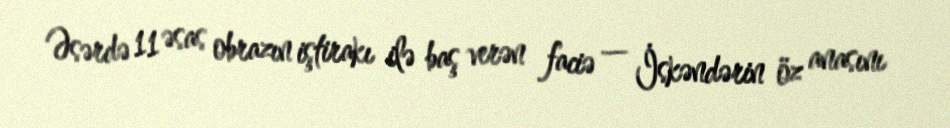
Əsərdə 11 əsas obrazın iştirakı ilə baş verən faciə — İskəndərin öz anasını